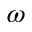
\omega